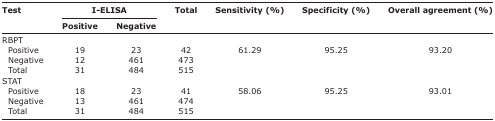
<table><thead><tr><td rowspan="3"><b>Test</b></td><td colspan="2"><b>I-ELISA</b></td><td rowspan="3"><b>Total</b></td><td rowspan="3"><b>Sensitivity (%)</b></td><td rowspan="3"><b>Specificity (%)</b></td><td rowspan="3"><b>Overall agreement (%)</b></td></tr><tr><td><b>Positive</b></td><td><b>Negative</b></td></tr></thead><tbody><tr><td>RBPT</td><td></td><td></td><td></td><td></td><td></td><td></td></tr><tr><td> Positive</td><td>19</td><td>23</td><td>42</td><td>61.29</td><td>95.25</td><td>93.20</td></tr><tr><td> Negative</td><td>12</td><td>461</td><td>473</td><td></td><td></td><td></td></tr><tr><td> Total</td><td>31</td><td>484</td><td>515</td><td></td><td></td><td></td></tr><tr><td>STAT</td><td></td><td></td><td></td><td></td><td></td><td></td></tr><tr><td> Positive</td><td>18</td><td>23</td><td>41</td><td>58.06</td><td>95.25</td><td>93.01</td></tr><tr><td> Negative</td><td>13</td><td>461</td><td>474</td><td></td><td></td><td></td></tr><tr><td> Total</td><td>31</td><td>484</td><td>515</td><td></td><td></td><td></td></tr></tbody></table>